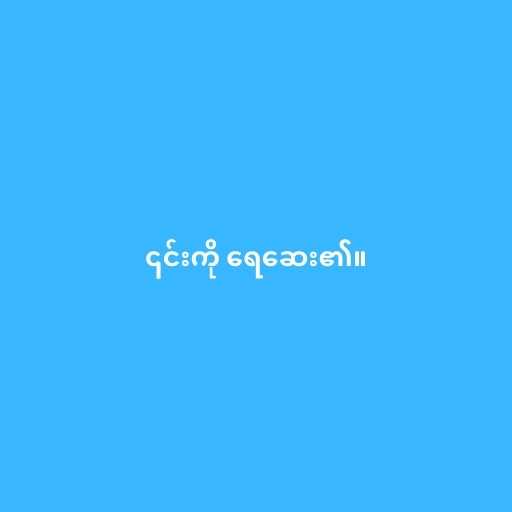
၎င်းကို ရေဆေး၏။